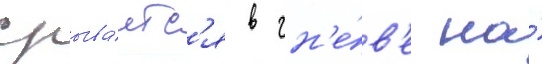
срыва́етс'я в гн'е́в'е на́